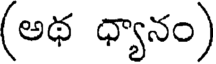
(అథ ధ్యానం)